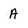
Character: A